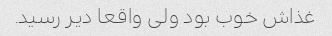
غذاش خوب بود ولی واقعا دیر رسید.